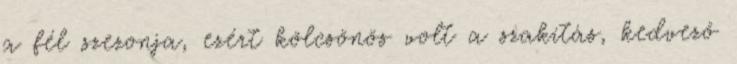
a fél szezonja, ezért kölcsönös volt a szakítás, kedvező